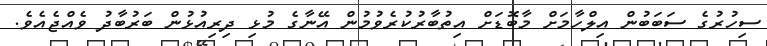
ސިހުރުގެ ސަބަބުން އިލްހާމަށް މާބޮޑަށް އިތުބާރުކުރެވުމުން އޭނާގެ މުޅި ދިރިއުޅުން ބަރުބާދު ވެއްޖެއެވެ.